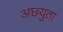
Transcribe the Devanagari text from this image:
अछ्युता